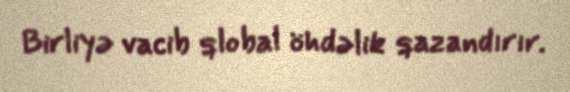
Birliyə vacib qlobal öhdəlik qazandırır.